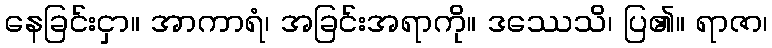
နေခြင်းငှာ။ အာကာရံ၊ အခြင်းအရာကို။ ဒဿေသိ၊ ပြ၏။ ရာဇာ၊